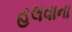
હલવાના